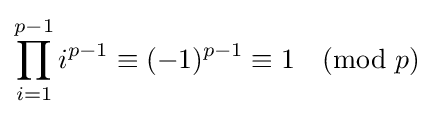
\prod _{i=1}^{p-1}i^{p-1}\equiv (-1)^{p-1}\equiv 1{\pmod {p}}